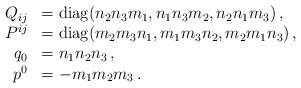
\begin{align*}\begin{array}{rl}Q_{ij} &= {\rm diag}(n_2 n_3 m_1, n_1 n_3 m_2, n_2 n_1 m_3 ) \,, \\P^{ij} &= {\rm diag}(m_2 m_3 n_1, m_1 m_3 n_2, m_2 m_1 n_3 ) \,,\\q_0 & = n_1 n_2 n_3 \,,\\p^0& = - m_1 m_2 m_3 \,. \end{array}\end{align*}